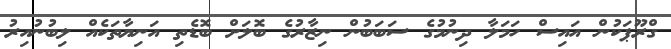
ގްރޫޕަކުން އައިސް ހަމަލާ ދިނުމުގެ ސަބަބުން ނިޒާރުގެ ބޮލަށް ބޮޑެތި އަނިޔާތަކެއް ލިބުނުއިރު